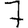
Digit: 7